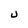
Character: U